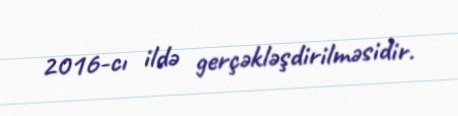
2016-cı ildə gerçəkləşdirilməsidir.